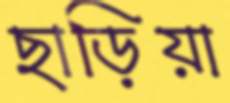
ছাড়িয়া